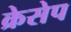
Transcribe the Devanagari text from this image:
क्रेसेप